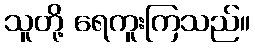
သူတို့ ရေကူးကြသည်။